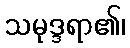
သမုဒ္ဒရာ၏၊